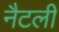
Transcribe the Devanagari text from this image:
नैटली